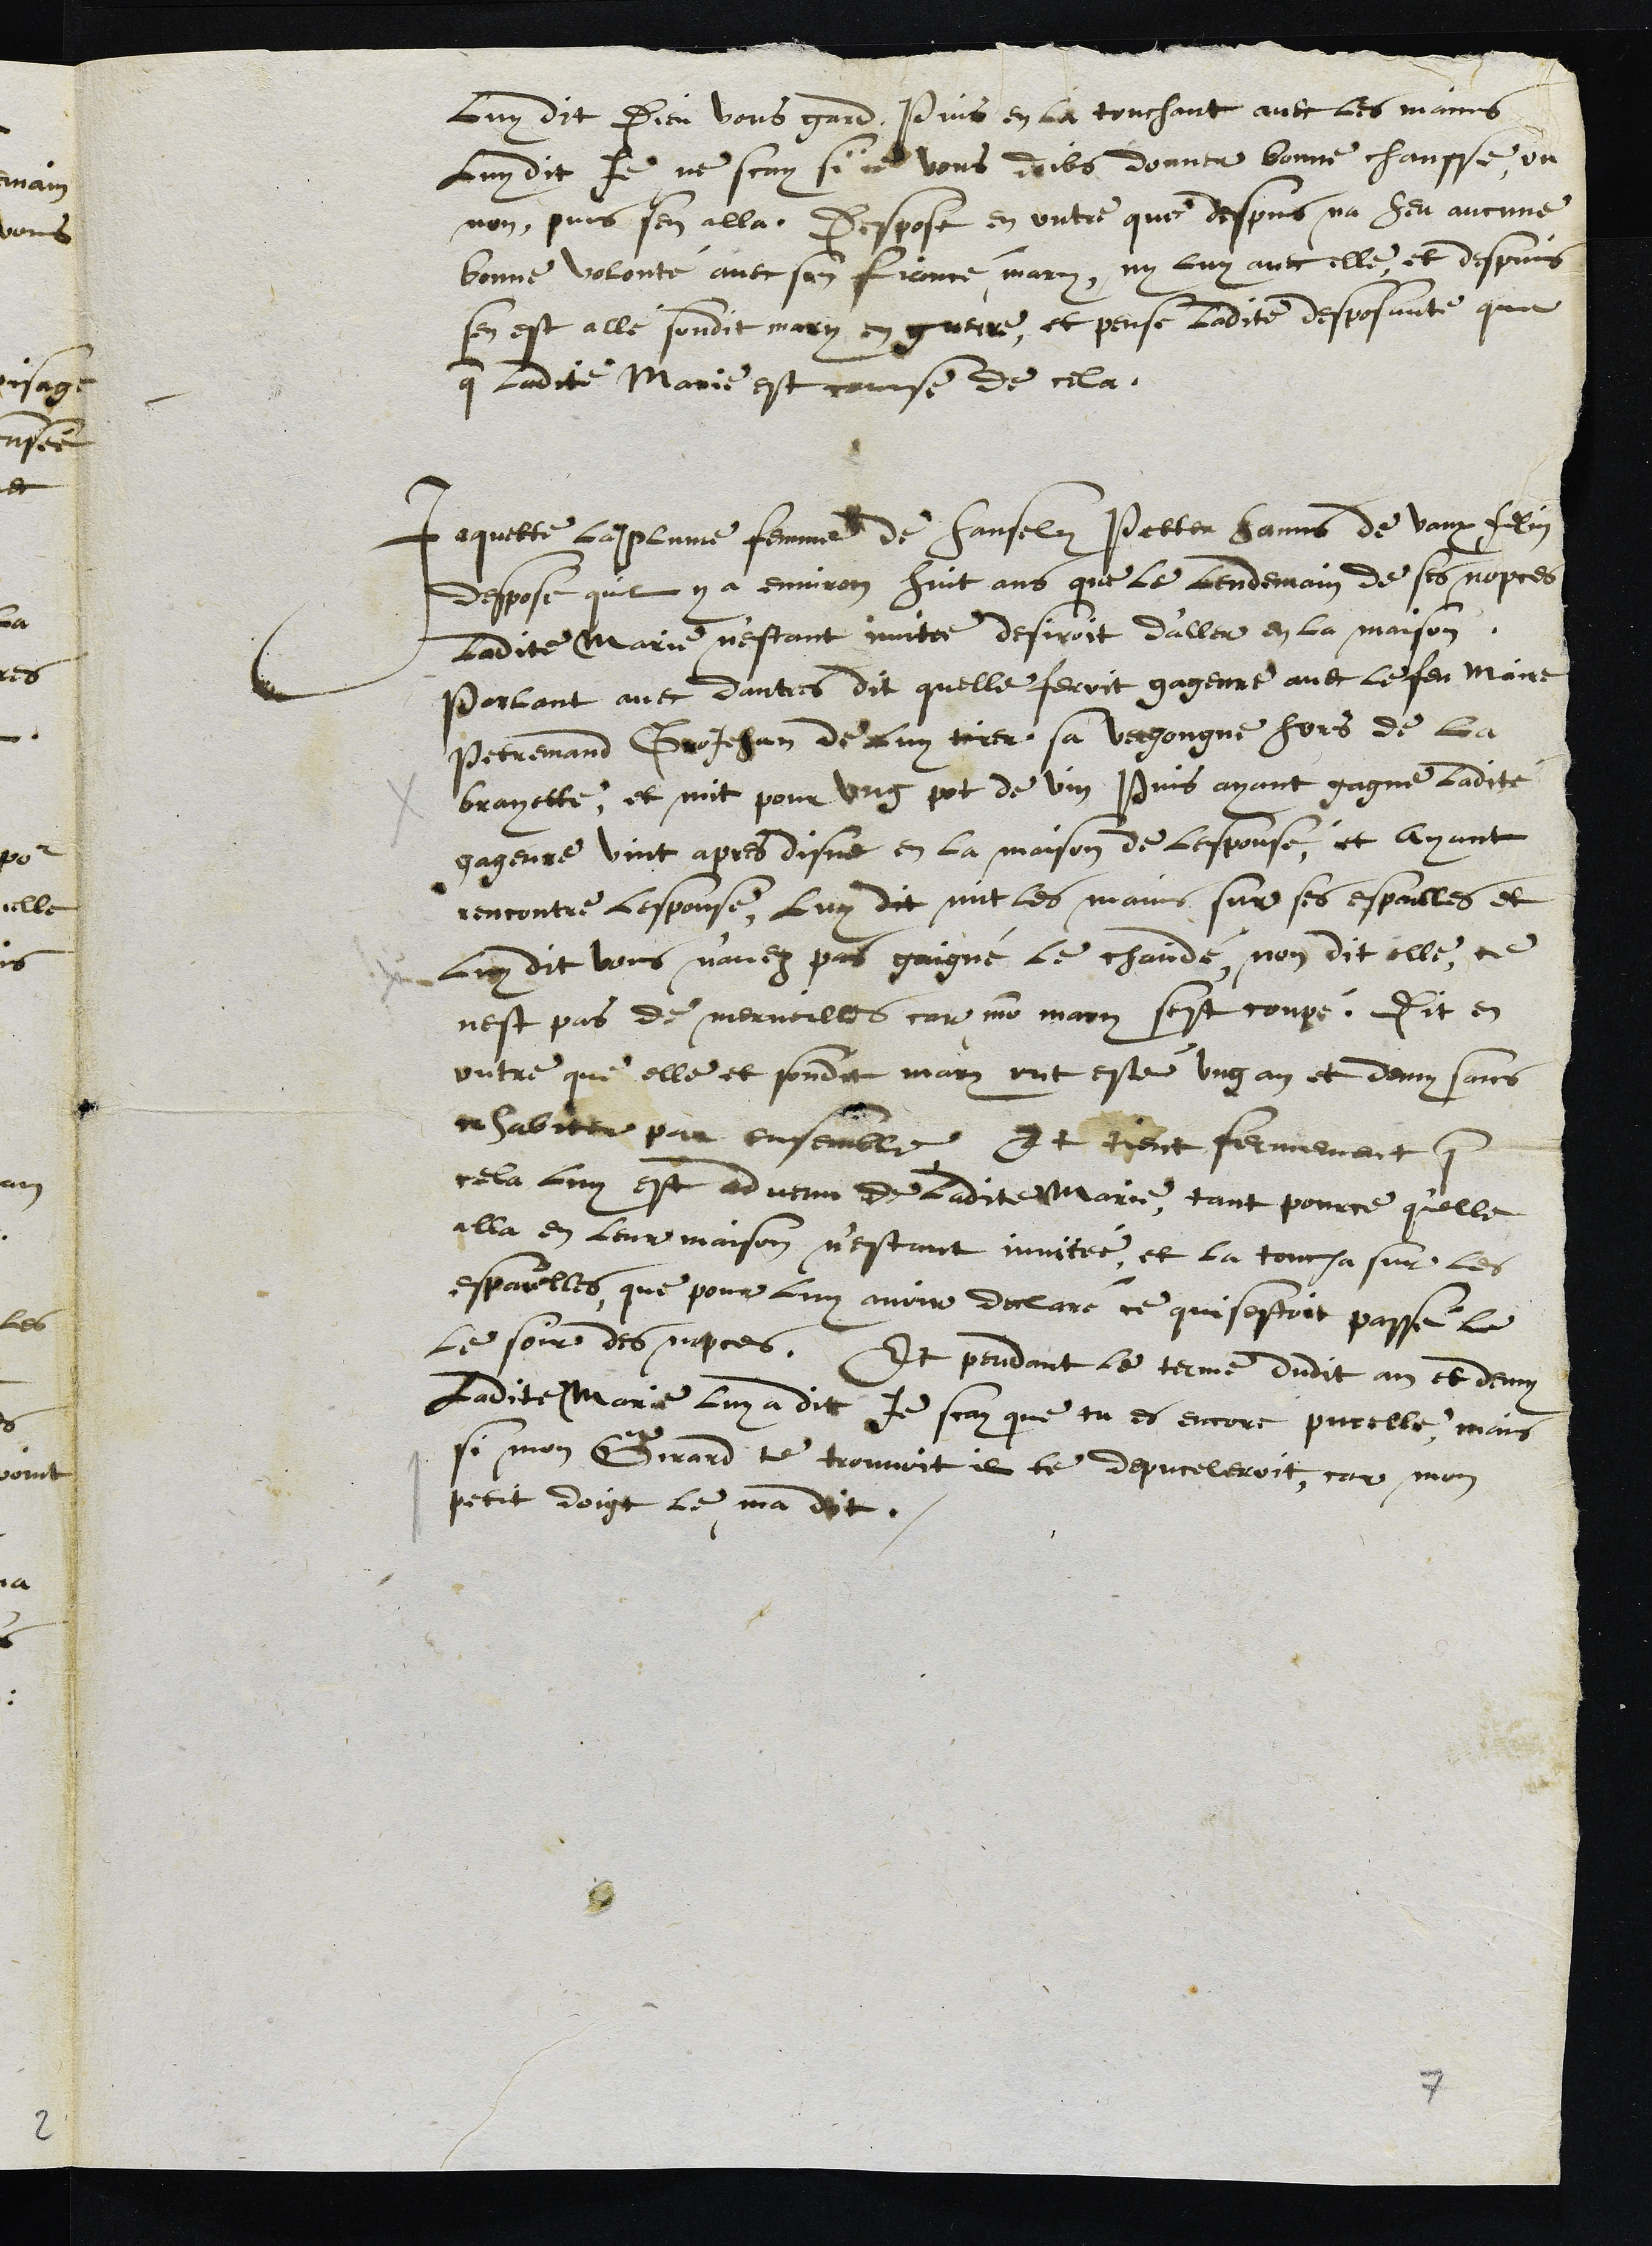
luy dit Dieu vous gard, Puis en la touchant avec les mains
luy dit je ne scay si je vous doibs donner bonne chansse, ou
non, puis sen alla, Despose en outre que despuis na heu aucune
bonne volonté avec son fiancé mary, ny luy avec elle, et despuis
sen est allé sondit mary en guerre, et pense ladite deposante que
que ladite Marie est cause de cela.
Jaquette la Plume femme de Hansely Petter Hanns de Vaux felin
despose quil y a environ huit ans que le lendemain de ses nopces
ladite Marie n'estant invitee desiroit d'aller en la maison
Parlant avec dautres dit quelle feroit gageure avec le feu Maire
Petremand GroJehan de luy tirer sa vergongne hors de la
brayette, et mit pour ung pot de vin Puis ayant gagne ladite
gageure vint apres disne en la maison de lespousé, et ayant
rencontre Lespouse, luy dit mit les mains sur ses espaulles et
luy dit vous n'avez pas gaigné le chaindé, non dit elle, ce
nest pas de merveilles car mon mary sest coupé. Dit en
outre que elle et sondit mary ont esté ung an et demy sans
cohabiter par ensembre Et tient fermement que
cela luy est advenu de ladite Marie, tant pource qu'elle
alla en leur maison nestant invitée, et la toucha sur les
espaulles, que pour luy avoir declaré ce qui sestoit passé le
le soir des nopces, Et pendant le terme dudit an et demy
Ladite Marie luy a dit Je scay que tu es encore pucelle, mais
si mon Girard te trouvoit il te depuceleroit, car mon
petit doigt le ma dit.
7